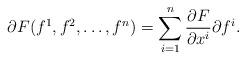
LaTeX: \begin{align*}\partial F(f^1,f^2,\ldots,f^n) = \sum_{i=1}^n\frac{\partial F}{\partial x^i}\partial f^i.\end{align*}